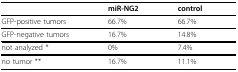
<table><thead><tr><td></td><td><b>miR-NG2</b></td><td><b>control</b></td></tr></thead><tbody><tr><td>GFP-positive tumors</td><td>66.7%</td><td>66.7%</td></tr><tr><td>GFP-negative tumors</td><td>16.7%</td><td>14.8%</td></tr><tr><td>not analyzed *</td><td>0%</td><td>7.4%</td></tr><tr><td>no tumor **</td><td>16.7%</td><td>11.1%</td></tr></tbody></table>